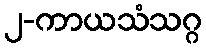
၂-ကာယသံသဂ္ဂ